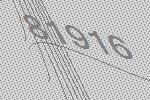
81916